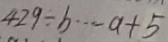
4 2 9 \div b \cdots a + 5